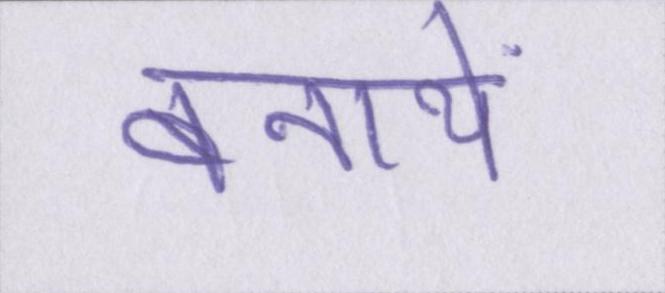
बनायें